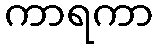
ကာရကာ